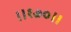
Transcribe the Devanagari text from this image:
॥१७०॥